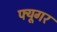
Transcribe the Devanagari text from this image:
फ्यूगर